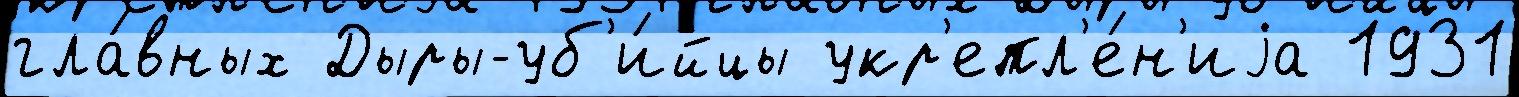
гла́вных Дыры-уб'и́йцы укр'епл'е́н'иjа 1931